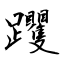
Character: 躩